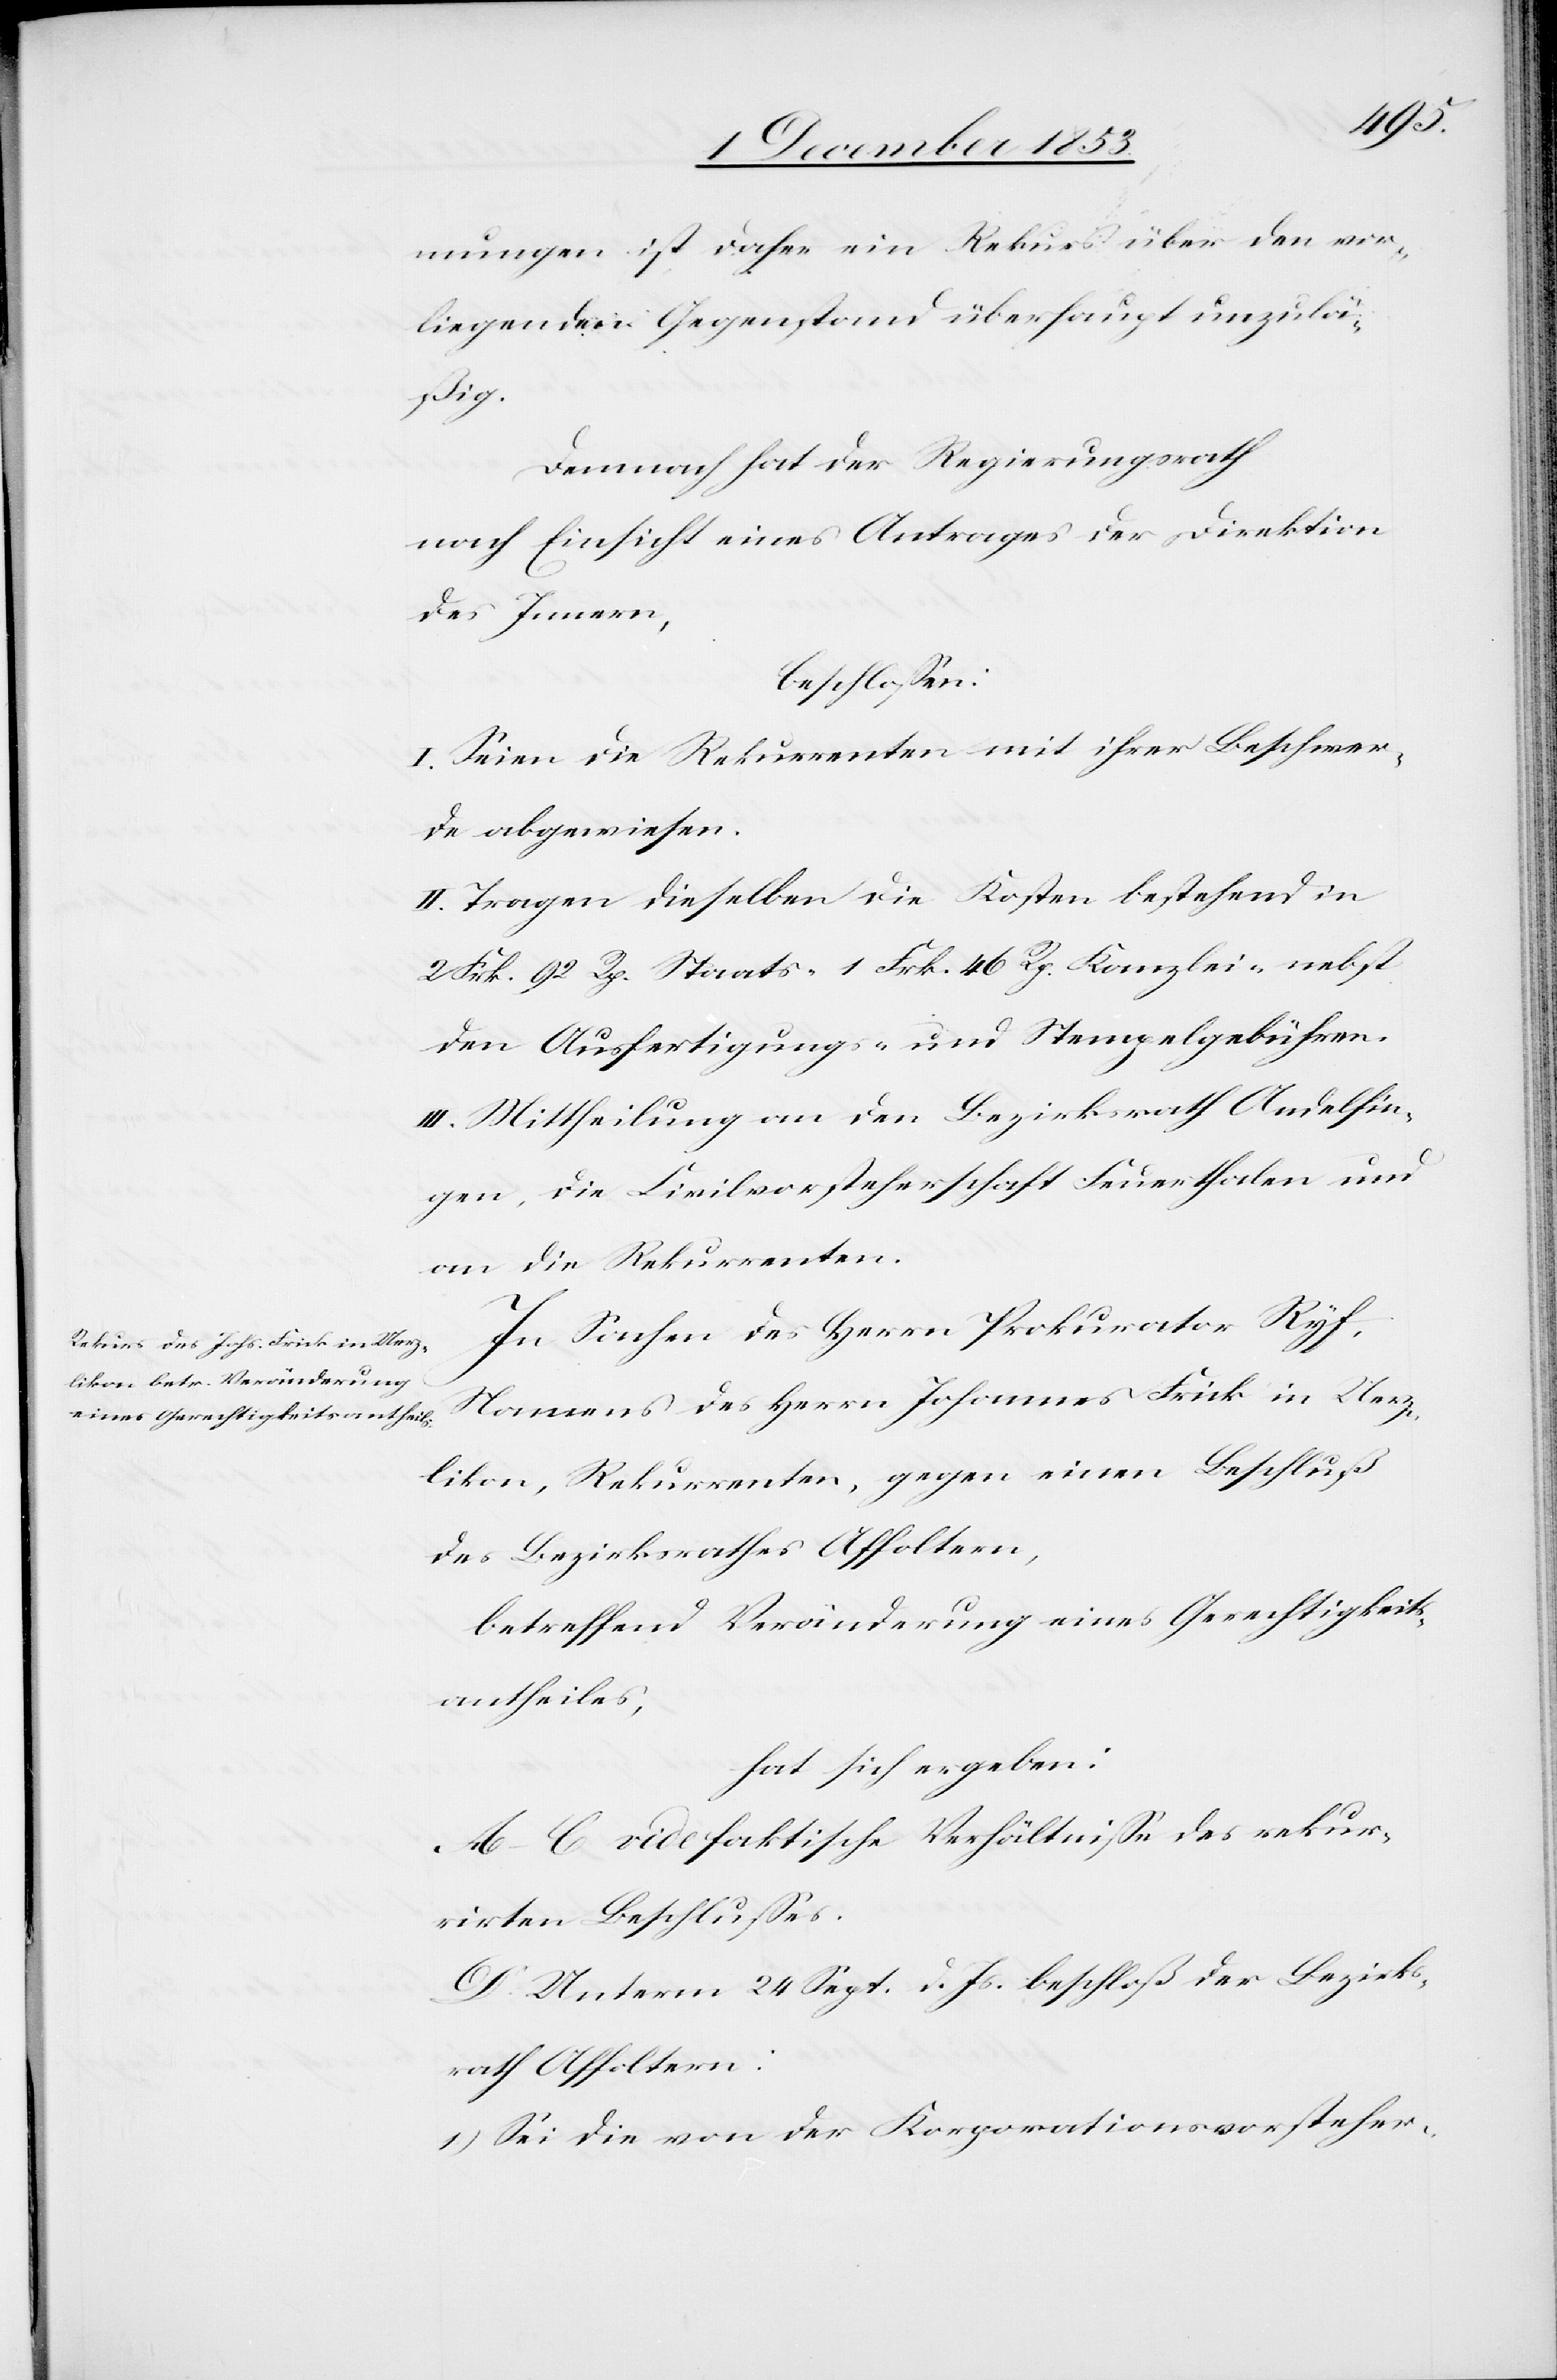
mungen ist daher ein Rekurs über den vor¬
liegenden Gegenstand überhaupt unzulä¬
ßig.
Demnach hat der Regierungsrath
nach Einsicht eines Antrages der Direktion
des Innern,
beschloßen:
I. Seien die Rekurrenten mit ihrer Beschwer¬
de abgewiesen,
II. Tragen dieselben die Kosten bestehend in
2 Frk. 92 Rp. Staats- 1 Frk. 46. Rp. Kanzlei- nebst
den Ausfertigungs- u. Stempelgebühren.
III. Mittheilung an den Bezirksrath Andelfin¬
gen, die Civilvorsteherschaft Feuerthalen und
an die Rekurrenten.
In Sachen des Herrn Prokurator Ryf,
Namens des Herrn Johannes Frick in Uerz¬
ikon, Rekurrenten, gegen einen Beschluß
des Bezirksrathes Affoltern,
betreffend Veränderung eines Gerechtigkeits¬
antheiles,
hat sich ergeben:
A.–C vide faktische Verhältniße des rekur¬
rirten Beschlußes.
D. Unterm 24 Sept. d. Js. beschloß der Bezirks¬
rath Affoltern:
1.) Sei die von der Korporationsvorsteher-